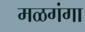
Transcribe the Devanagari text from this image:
मळगंगा